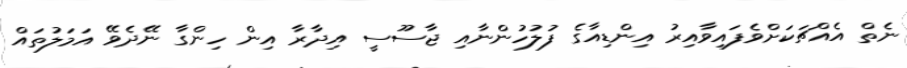
ނެތް އެއްޗަކަށްވެފައިވާއިރު އިންޑިއާގެ ފުލުހުންނާއި ޖާސޫސީ އިދާރާ އިން ހިންގާ ނޭދެވޭ އަމަލުތައް